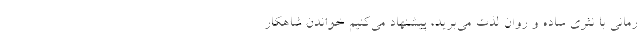
رمانی با نثری ساده و روان لذت می‌برید، پیشنهاد می‌کنیم خواندن شاهکار